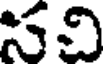
సవి